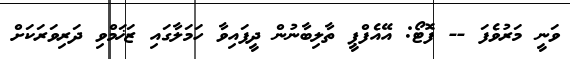
ވަނީ މަރުވެފަ -- ފޮޓޯ: އޭއެފްޕީ ތާލިބާނުން ދީފައިވާ ހަމަލާގައި ޒަޚަމްވި ދަރިވަރަކަށް